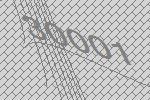
30001